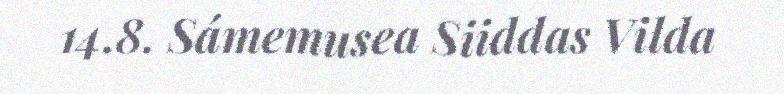
14.8. Sámemusea Siiddas Vilda